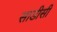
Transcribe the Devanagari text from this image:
साडीसी